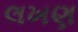
લખણ